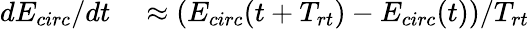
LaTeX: \begin{array}{rl}{dE_{circ}/dt}&{{}\approx(E_{circ}(t+T_{rt})-E_{circ}(t))/T_{rt}}\end{array}